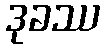
ဒုခဿ